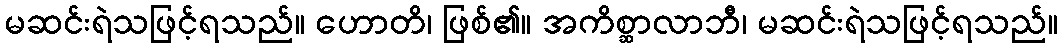
မဆင်းရဲသဖြင့်ရသည်။ ဟောတိ၊ ဖြစ်၏။ အကိစ္ဆာလာဘီ၊ မဆင်းရဲသဖြင့်ရသည်။